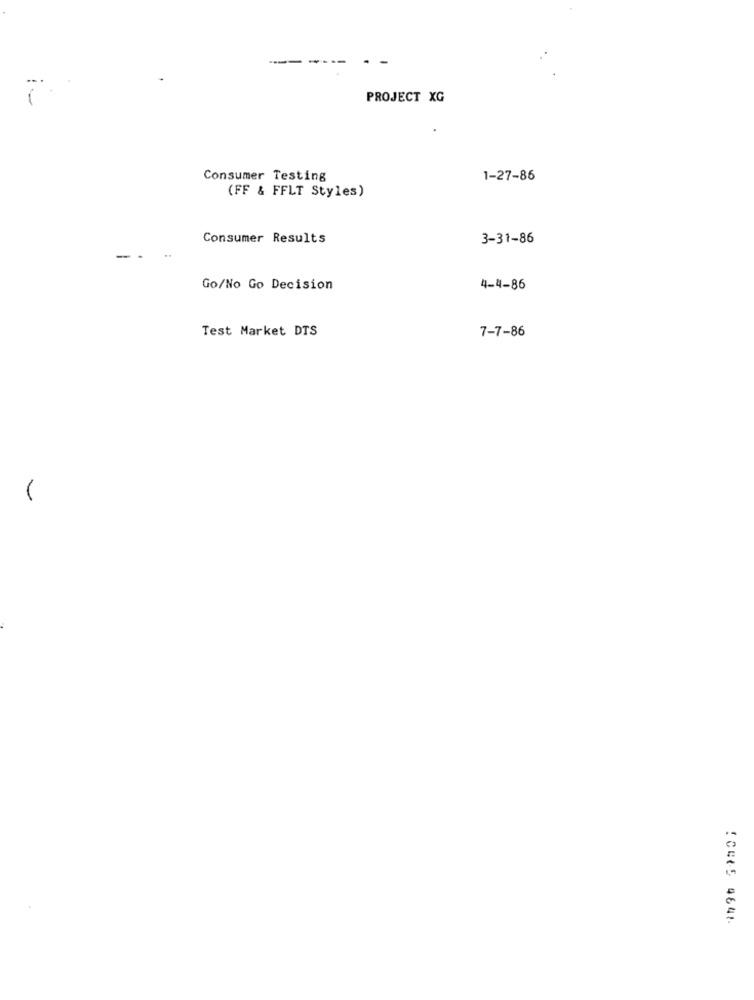
-
--
PROJECT XG
Consumer Testing
1-27-86
(FF & FFLT Styles)
Consumer Results
3-31-86
-
Go/No Go Decision
4-4-86
Test Market DTS
7-7-86
ICH65 464